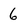
Character: 6